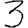
Digit: 3